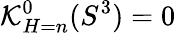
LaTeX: \mathcal{K}_{H=n}^{0}(S^{3})=0